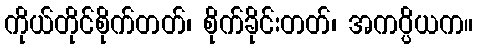
ကိုယ်တိုင်စိုက်တတ်၊ စိုက်ခိုင်းတတ်၊ အကပ္ပိယက။